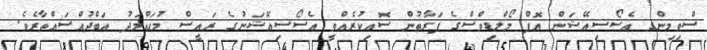
ސްވިމިންގ އެސޯސިއޭޝަން އޮފް މޯލްޑިވްސްގެ ފަރާތުން ސޮއިކުރެއްވީ އެސޯސިއޭޝަނުގެ ރައީސް މުޙައްމަދު އަބްދުއްސައްތާރެވެ.